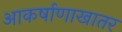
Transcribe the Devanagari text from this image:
आकर्षाणाखातर